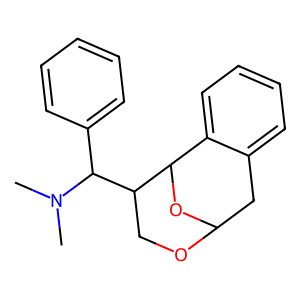
SMILES: CN(C)C(c1ccccc1)C1COC2Cc3ccccc3C1O2
Inhibits HIV replication: No